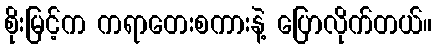
စိုးမြင့်က ကရာတေးစကားနဲ့ ပြောလိုက်တယ်။